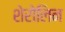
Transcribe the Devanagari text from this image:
शेरोलिन